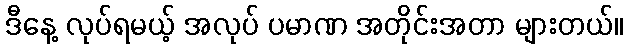
ဒီနေ့ လုပ်ရမယ့် အလုပ် ပမာဏ အတိုင်းအတာ များတယ်။